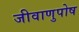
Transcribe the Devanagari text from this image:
जीवाणुपोष